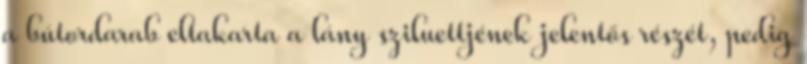
a bútordarab eltakarta a lány sziluettjének jelentős részét, pedig